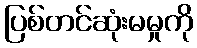
ပြစ်တင်ဆုံးမမှုကို